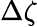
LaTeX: \Delta\zeta